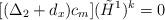
LaTeX: \begin{align*}[(\Delta_2 + d_x) c_m] ({\tilde H}^1)^k = 0\end{align*}